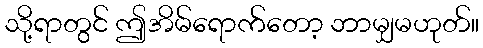
သို့ရာတွင် ဤအိမ်ရောက်တော့ ဘာမျှမဟုတ်။